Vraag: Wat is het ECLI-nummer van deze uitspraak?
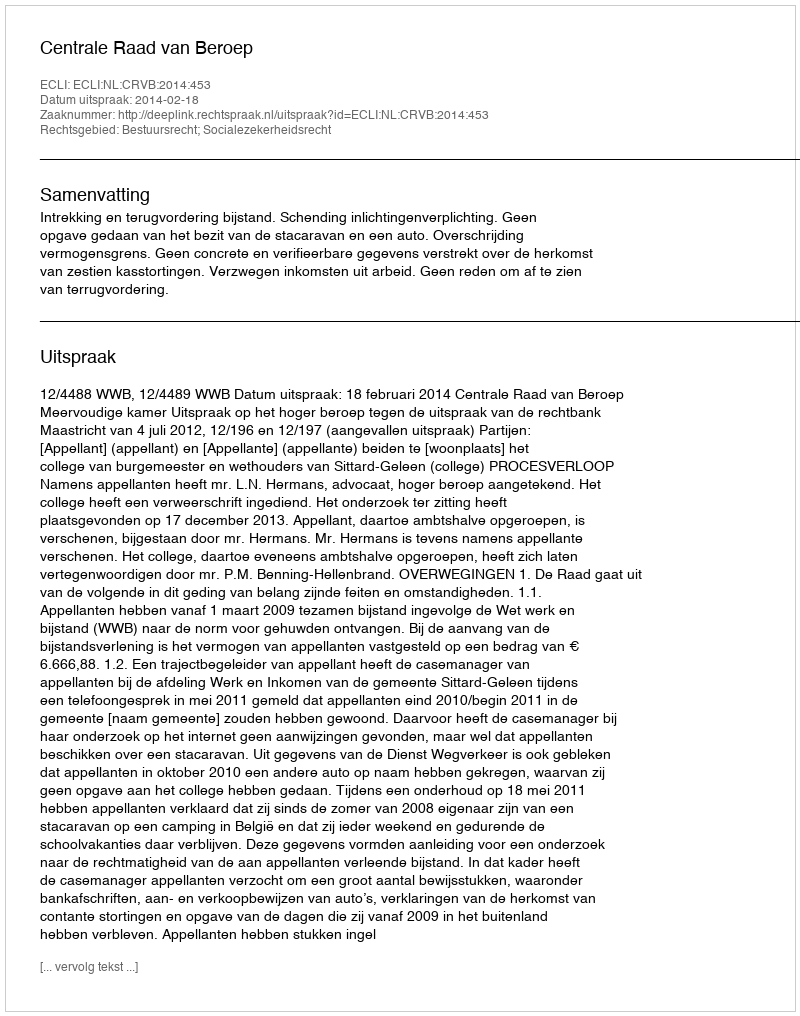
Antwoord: ECLI:NL:CRVB:2014:453